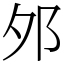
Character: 邜